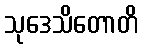
သုဒေသိတောတိ